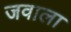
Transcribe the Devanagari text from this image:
जवाला